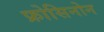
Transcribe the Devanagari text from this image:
फ्रोसिनोन